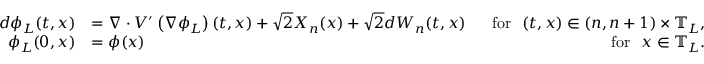
\begin{array} { r l r } { d \phi _ { L } ( t , x ) } & { = \nabla \cdot V ^ { \prime } \left( \nabla \phi _ { L } \right) ( t , x ) + \sqrt { 2 } X _ { n } ( x ) + \sqrt { 2 } d W _ { n } ( t , x ) } & { ~ ~ \mathrm { f o r } ~ ~ ( t , x ) \in ( n , n + 1 ) \times \mathbb { T } _ { L } , } \\ { \phi _ { L } ( 0 , x ) } & { = \phi ( x ) } & { \mathrm { f o r } ~ ~ x \in \mathbb { T } _ { L } . } \end{array}